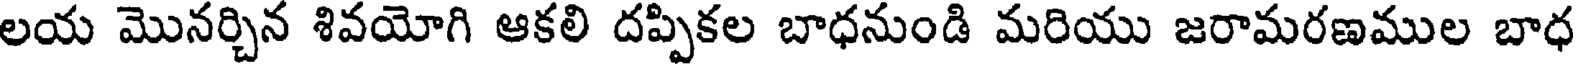
లయ మొనర్చిన శివయోగి ఆకలి దప్పికల బాధనుండి మరియు జరామరణముల బాధ